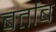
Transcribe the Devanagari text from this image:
बर्ताब